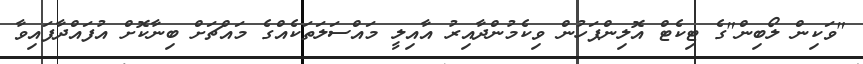
"ވަކިން ލޯބިން"ގެ ޓިކެޓް އޮލިންޕަހުން ވިކެމުންދާއިރު އާއިލީ މައްސަލަތަކެއްގެ މައްޗަށް ބިނާކޮށް އުފައްދާފައިވާ